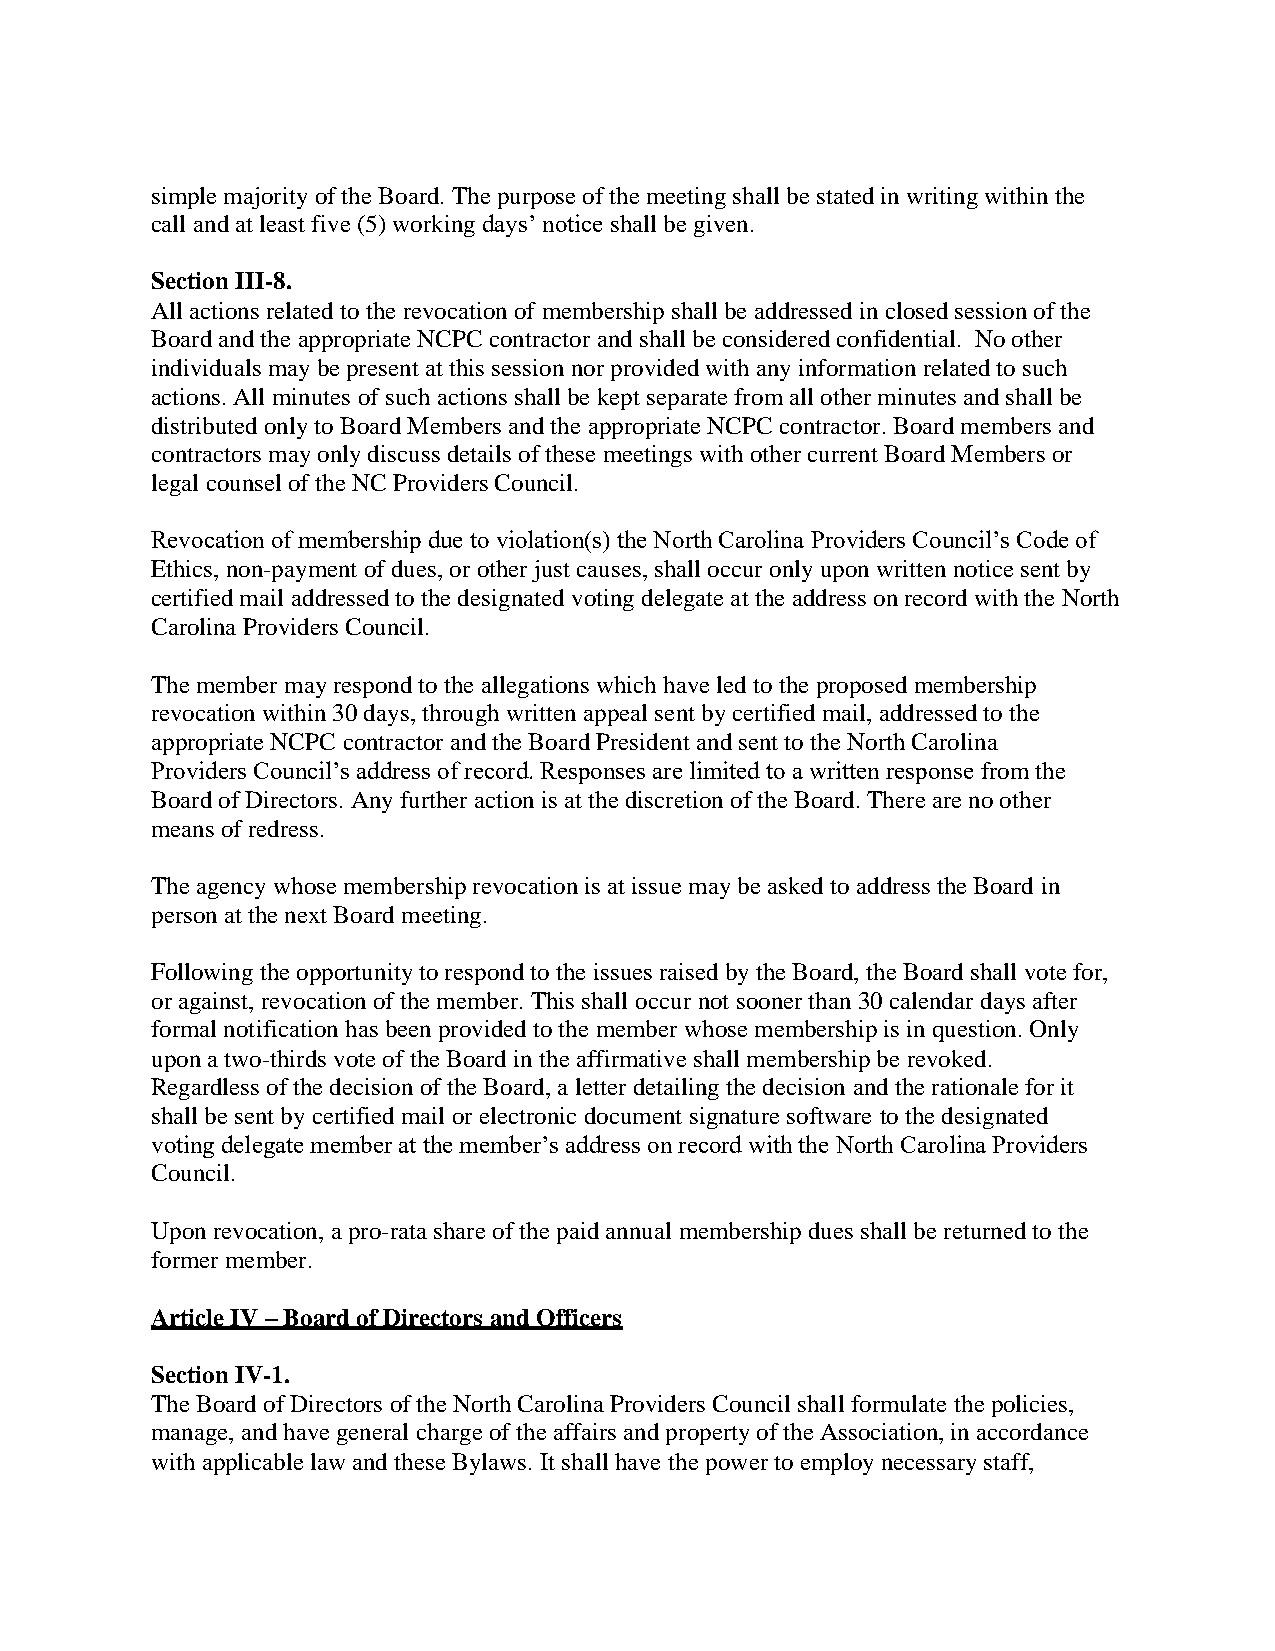
simple majority of the Board. The purpose of the meeting shall be stated in writing within the
 call and at least five (5) working days’ notice shall be given.
 Section III-8.
 All actions related to the revocation of membership shall be addressed in closed session of the
 Board and the appropriate NCPC contractor and shall be considered confidential. No other
 individuals may be present at this session nor provided with any information related to such
 actions. All minutes of such actions shall be kept separate from all other minutes and shall be
 distributed only to Board Members and the appropriate NCPC contractor. Board members and
 contractors may only discuss details of these meetings with other current Board Members or
 legal counsel of the NC Providers Council.
 Revocation of membership due to violation(s) the North Carolina Providers Council’s Code of
 Ethics, non-payment of dues, or other just causes, shall occur only upon written notice sent by
 certified mail addressed to the designated voting delegate at the address on record with the North
 Carolina Providers Council.
 The member may respond to the allegations which have led to the proposed membership
 revocation within 30 days, through written appeal sent by certified mail, addressed to the
 appropriate NCPC contractor and the Board President and sent to the North Carolina
 Providers Council’s address of record. Responses are limited to a written response from the
 Board of Directors. Any further action is at the discretion of the Board. There are no other
 means of redress.
 The agency whose membership revocation is at issue may be asked to address the Board in
 person at the next Board meeting.
 Following the opportunity to respond to the issues raised by the Board, the Board shall vote for,
 or against, revocation of the member. This shall occur not sooner than 30 calendar days after
 formal notification has been provided to the member whose membership is in question. Only
 upon a two-thirds vote of the Board in the affirmative shall membership be revoked.
 Regardless of the decision of the Board, a letter detailing the decision and the rationale for it
 shall be sent by certified mail or electronic document signature software to the designated
 voting delegate member at the member’s address on record with the North Carolina Providers
 Council.
 Upon revocation, a pro-rata share of the paid annual membership dues shall be returned to the
 former member.
 Article IV – Board of Directors and Officers
 Section IV-1.
 The Board of Directors of the North Carolina Providers Council shall formulate the policies,
 manage, and have general charge of the affairs and property of the Association, in accordance
 with applicable law and these Bylaws. It shall have the power to employ necessary staff,